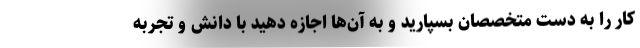
کار را به دست متخصصان بسپارید و به آن‌ها اجازه دهید با دانش و تجربه